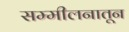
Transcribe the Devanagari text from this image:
सम्मीलनातून